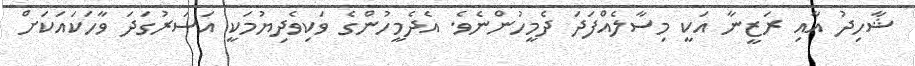
ޝާހިދު އާއި ރަޒީނާ އަކީ މިސާލެއްފަދަ ދެމީހުންނެވެ. އެދެމީހުންގެ ވަކިވެދިޔުމަކީ އަސަރުގަދަ ވާހަކައަކަށް